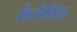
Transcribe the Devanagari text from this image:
फिसीपीडिया